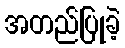
အတည်ပြုခဲ့